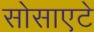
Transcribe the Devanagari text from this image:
सोसाएटे